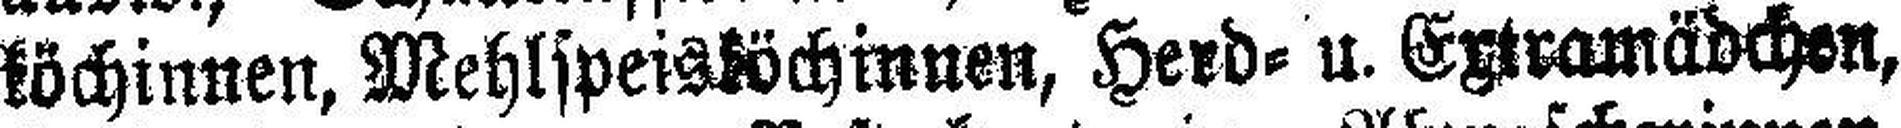
köchinnen, Mehlspeisköchinnen, Herd= u. Extramädchen,